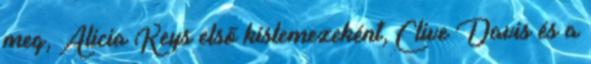
meg, Alicia Keys első kislemezeként, Clive Davis és a